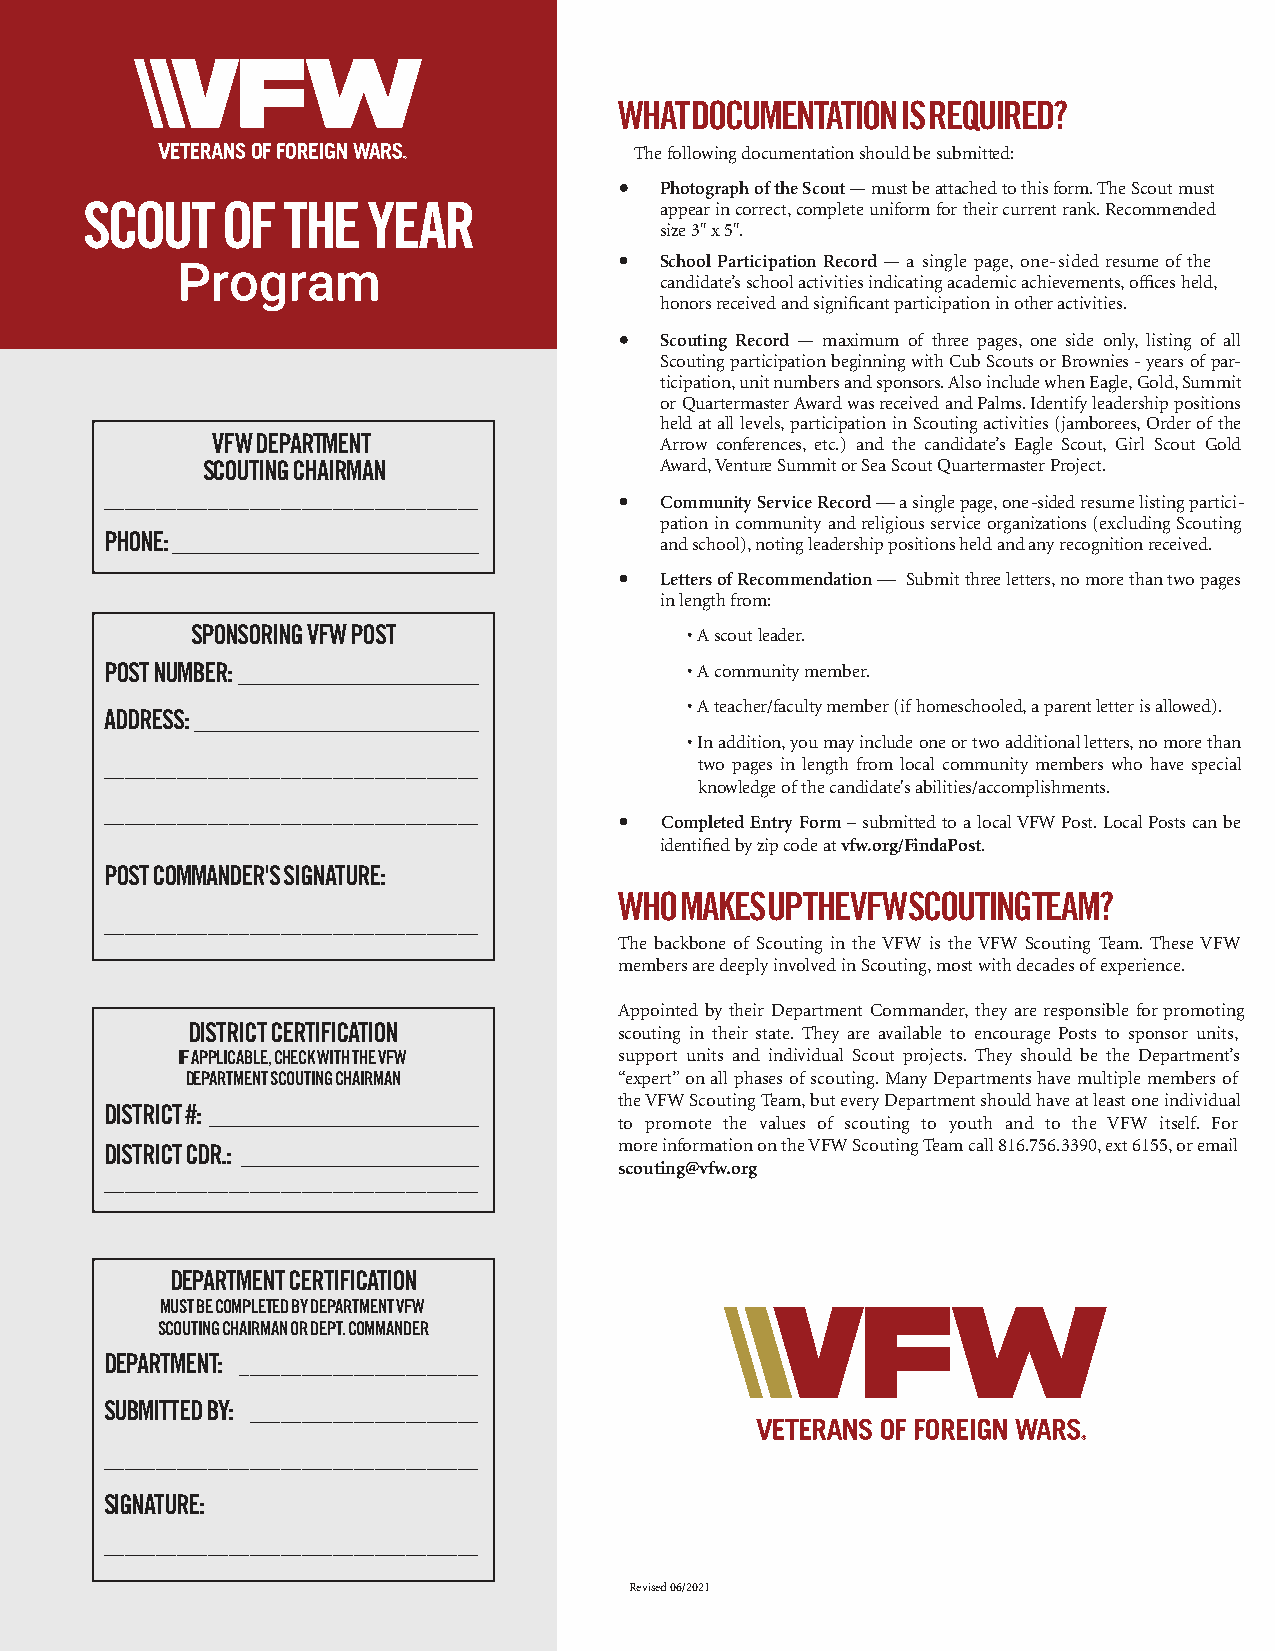
WHAT DOCUMENTATION IS REQUIRED?
 The following documentation should be submitted:
 Photograph of the Scout — must be attached to this form. The Scout must
 SCOUT     OF  THE  YEAR                appear in correct, complete uniform for their current rank. Recommended
 size 3" x 5".
 •
 School Participation Record — a single page, one-sided resume of the
 Program
 candidate’s school activities indicating academic achievements, offices held,
 honors received and significant participation in other activities.
 Scouting Record — maximum of three pages, one side only, listing of all
 Scouting participation beginning with Cub Scouts or Brownies - years of par-
 ticipation, unit numbers and sponsors. Also include when Eagle, Gold, Summit
 or Quartermaster Award was received and Palms. Identify leadership positions
 held at all levels, participation in Scouting activities (jamborees, Order of the
 VFW DEPARTMENT                Arrow conferences, etc.) and the candidate’s Eagle Scout, Girl Scout Gold
 SCOUTING CHAIRMAN              Award, Venture Summit or Sea Scout Quartermaster Project.
 ____________________________________ • Community Service Record — a single page, one -sided resume listing partici-
 pation in community and religious service organizations (excluding Scouting
 PHONE : ____________________________ and school), noting leadership positions held and any recognition received.
 •
 Letters of Recommendation — Submit three letters, no more than two pages
 in length from:
 SPONSORING VFW POST             • A scout leader.
 POST NUMBER :______________________   • A community member.
 • A teacher/faculty member (if homeschooled, a parent letter is allowed).
 ADDRESS :__________________________
 • In addition, you may include one or two additional letters, no more than
 ____________________________________   two pages in length from local community members who have special
 knowledge of the candidate's abilities/accomplishments.
 ____________________________________ •
 Completed Entry Form – submitted to a local VFW Post. Local Posts can be
 identified by zip code at vfw.org/FindaPost.
 POST COMMANDER'S SIGNATURE:
 WHO MAKES UP THE VFW SCOUTING TEAM?
 ____________________________________
 The backbone of Scouting in the VFW is the VFW Scouting Team. These VFW
 members are deeply involved in Scouting, most with decades of experience.
 Appointed by their Department Commander, they are responsible for promoting
 DISTRICT CERTIFICATION       scouting in their state. They are available to encourage Posts to sponsor units,
 IF APPLICABLE, CHECK WITH THE VFW support units and individual Scout projects. They should be the Department’s
 DEPARTMENT SCOUTING CHAIRMAN “expert” on all phases of scouting. Many Departments have multiple members of
 the VFW Scouting Team, but every Department should have at least one individual
 DISTRICT #:_________________________
 to promote the values of scouting to youth and to the VFW itself. For
 DISTRICT CDR .: ______________________ more information on the VFW Scouting Team call 816.756.3390, ext 6155, or email
 scouting@vfw.org
 ____________________________________
 DEPARTMENT CERTIFICATION
 MUST BE COMPLETED BY DEPARTMENT VFW
 SCOUTING CHAIRMAN OR DEPT. COMMANDER
 DEPARTMENT : _______________________
 SUBMITTED BY : ______________________
 ____________________________________
 SIGNATURE:
 ____________________________________
 Revised 06/2021